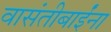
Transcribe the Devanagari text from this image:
वासंतीबाईंना